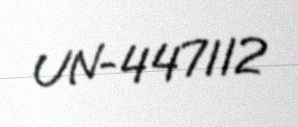
UN-447112